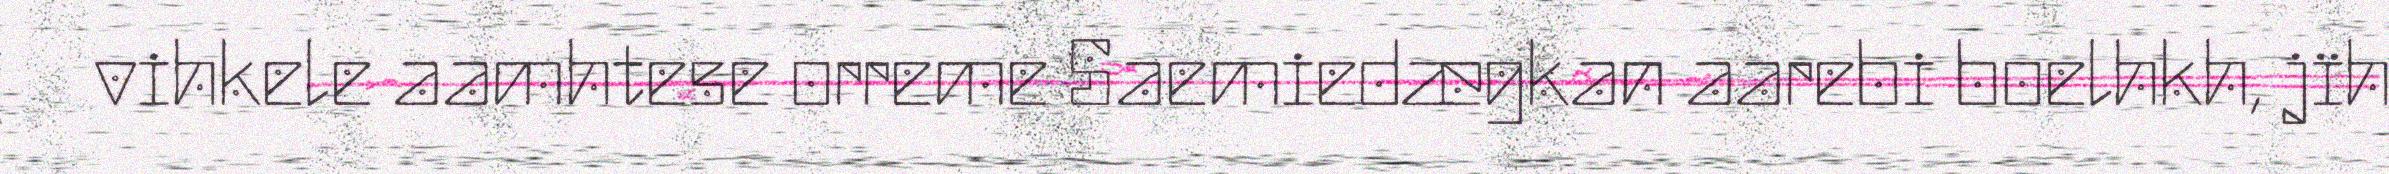
vihkele aamhtese orreme Saemiedægkan aarebi boelhkh, jïh